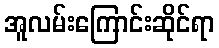
အူလမ်းကြောင်းဆိုင်ရာ